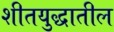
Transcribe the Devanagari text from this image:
शीतयुद्धातील